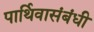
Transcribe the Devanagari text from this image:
पार्थिवासंबंधी